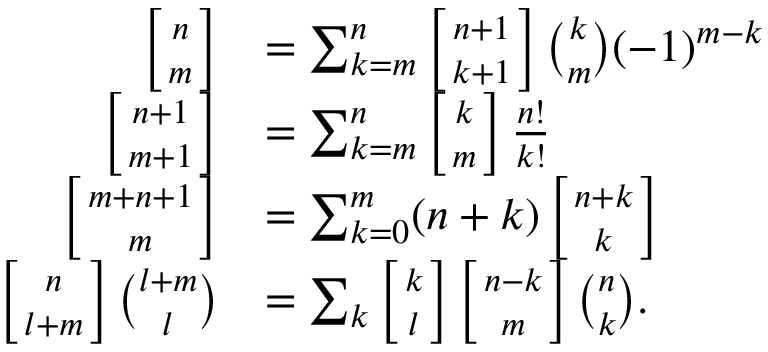
{ \begin{array} { r l } { \left[ { n \atop m } \right] } & { = \sum _ { k = m } ^ { n } \left[ { n + 1 \atop k + 1 } \right] { \binom { k } { m } } ( - 1 ) ^ { m - k } } \\ { \left[ { n + 1 \atop m + 1 } \right] } & { = \sum _ { k = m } ^ { n } \left[ { k \atop m } \right] { \frac { n ! } { k ! } } } \\ { \left[ { m + n + 1 \atop m } \right] } & { = \sum _ { k = 0 } ^ { m } ( n + k ) \left[ { n + k \atop k } \right] } \\ { \left[ { n \atop l + m } \right] { \binom { l + m } { l } } } & { = \sum _ { k } \left[ { k \atop l } \right] \left[ { n - k \atop m } \right] { \binom { n } { k } } . } \end{array} }